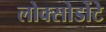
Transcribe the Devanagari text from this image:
लोक्सोडोंटे